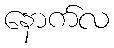
နောက်လ